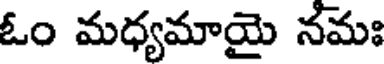
ఓం మధ్యమాయై నమః